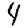
Digit: 4